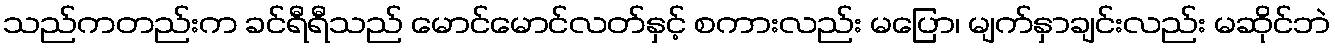
သည်ကတည်းက ခင်ရီရီသည် မောင်မောင်လတ်နှင့် စကားလည်း မပြော၊ မျက်နှာချင်းလည်း မဆိုင်ဘဲ